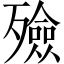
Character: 殮